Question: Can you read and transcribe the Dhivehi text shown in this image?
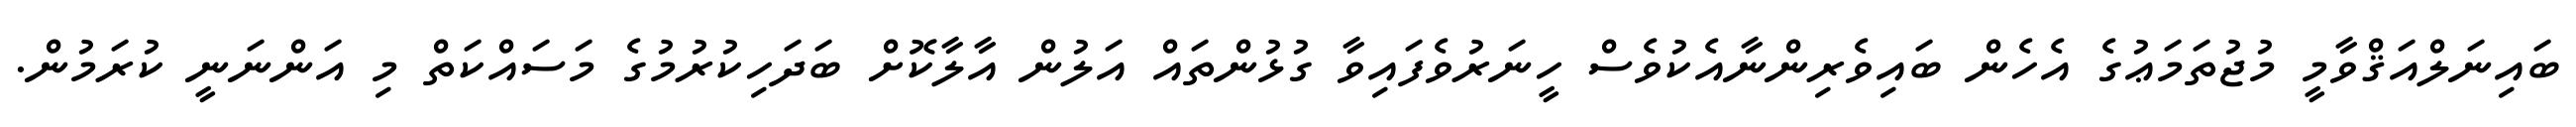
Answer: ބައިނަލްއަޤްވާމީ މުޖުތަމަޢުގެ އެހެން ބައިވެރިންނާއެކުވެސް ހީނަރުވެފައިވާ ގުޅުންތައް އަލުން އާލާކޮށް ބަދަހިކުރުމުގެ މަސައްކަތް މި އަންނަނީ ކުރަމުން.